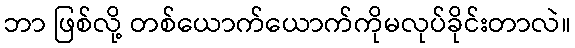
ဘာ ဖြစ်လို့ တစ်ယောက်ယောက်ကိုမလုပ်ခိုင်းတာလဲ။